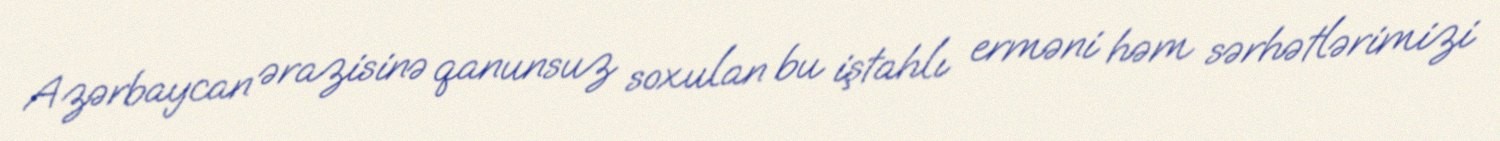
Azərbaycan ərazisinə qanunsuz soxulan bu iştahlı erməni həm sərhətlərimizi